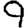
Digit: 9